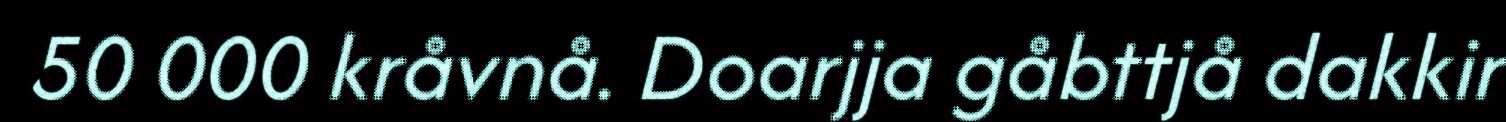
50 000 kråvnå. Doarjja gåbttjå dakkir